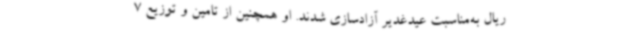
ریال به‌مناسبت عیدغدیر آزادسازی شدند. او همچنین از تامین و توزیع 7